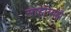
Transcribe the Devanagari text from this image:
साहाय्यही